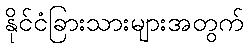
နိုင်ငံခြားသားများအတွက်